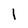
Character: 1